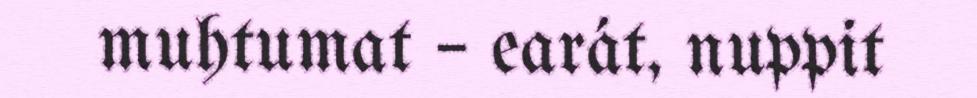
muhtumat – earát, nuppit